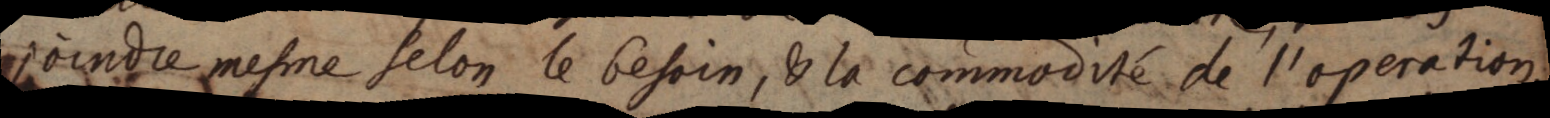
joindre mesme selon le besoin, & la commodité de l’operation